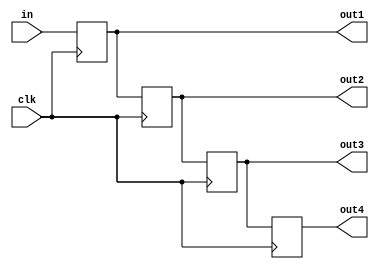
`timescale 1ns / 1ps
//////////////////////////////////////////////////////////////////////////////////
// Company: 
// Engineer: 
// 
// Design Name: 
// Module Name: ctrl_arr
// Project Name: 
// Target Devices: 
// Tool Versions: 
// Description: 
// 
// Dependencies: 
// 
// Revision:
// Revision 0.01 - File Created
// Additional Comments:
// 
//////////////////////////////////////////////////////////////////////////////////

module ctrl_arr #(
    parameter WIDTH=8)(
    input clk,
    input [WIDTH-1:0] in,
    output reg [WIDTH-1:0] out1, out2, out3, out4
);

always@(posedge clk) begin    
    out1 <= in;
    out2 <= out1;
    out3 <= out2;
    out4 <= out3;
end
endmodule